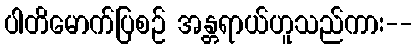
ပါတိမောက်ပြစဉ် အန္တရာယ်ဟူသည်ကား--